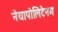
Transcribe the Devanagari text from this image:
नेयापोलिटेनम